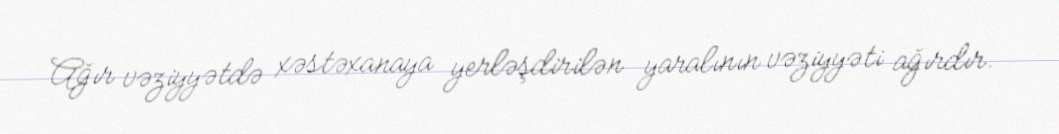
Ağır vəziyyətdə xəstəxanaya yerləşdirilən yaralının vəziyyəti ağırdır.